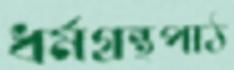
ধর্মগ্রন্থপাঠ